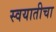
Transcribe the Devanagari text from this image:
स्वयातीचा